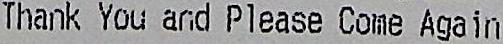
THANK YOU AND PLEASE COME AGAIN